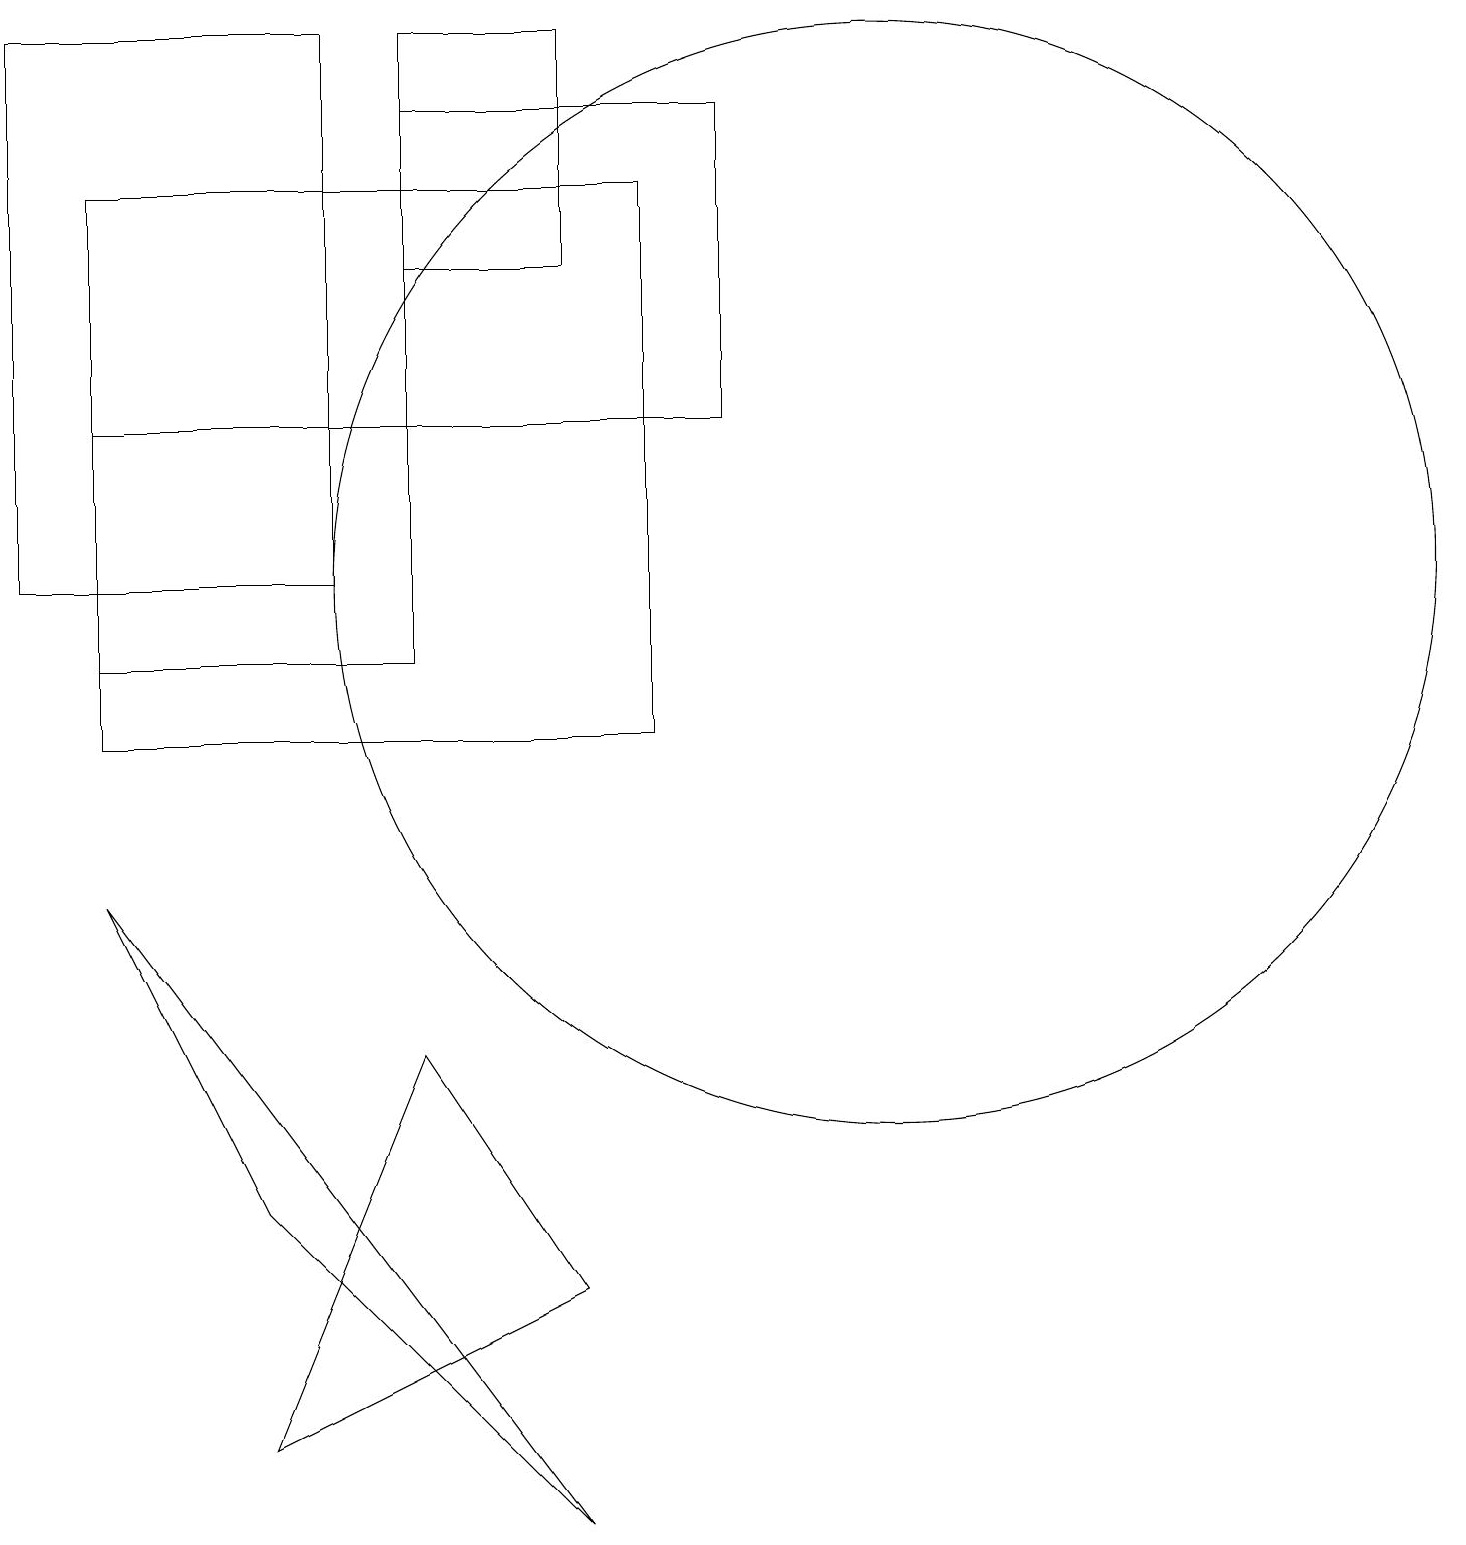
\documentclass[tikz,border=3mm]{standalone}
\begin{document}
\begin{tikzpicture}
\draw (1,8) -- (7,0) -- (3,4) -- cycle;
\draw (9,18) rectangle (5,14);
\draw (4,19) rectangle (0,12);
\draw (11,12) circle (7);
\draw (5,6) -- (3,1) -- (7,3) -- cycle;
\draw (7,19) rectangle (5,16);
\draw (1,17) rectangle (8,10);
\draw (1,14) rectangle (5,11);
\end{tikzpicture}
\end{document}